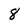
Character: 8